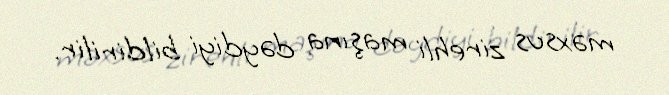
məxsus zirehli maşına dəydiyi bildirilir.